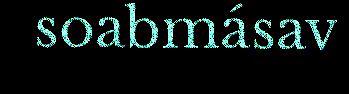
soabmásav